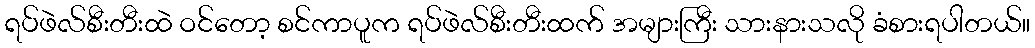
ရပ်ဖဲလ်စီးတီးထဲ ဝင်တော့ စင်ကာပူက ရပ်ဖဲလ်စီးတီးထက် အများကြီး သားနားသလို ခံစားရပါတယ်။